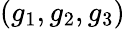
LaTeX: (g_{1},g_{2},g_{3})